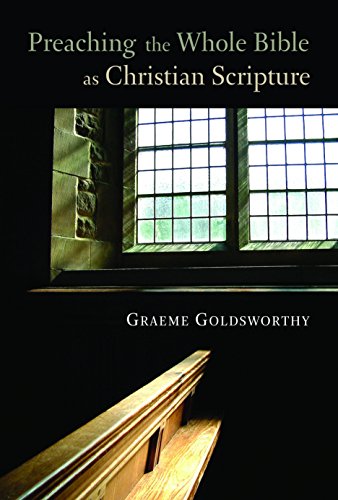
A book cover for Preaching the Whole Bible as Christian Scripture: The Application of Biblical Theology to Expository Preaching; Graeme Goldsworthy; Christian Books & Bibles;